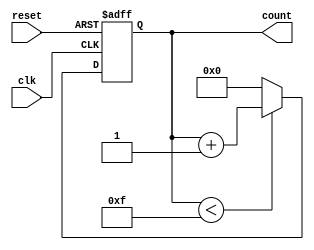
module binary_counter #(
    parameter N = 4 // Parameter defining the number of bits for the counter
)(
    input wire clk,        // Clock input
    input wire reset,      // Active-high reset input
    output reg [N-1:0] count // N-bit output count
);

// Always block to handle the counter operation
always @(posedge clk or posedge reset) begin
    if (reset) begin
        count <= 0; // Reset count to 0
    end else begin
        if (count < (1 << N) - 1) begin
            count <= count + 1; // Increment count
        end else begin
            count <= 0; // Wrap around to 0 when maximum is reached
        end
    end
end

endmodule